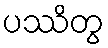
ပဿိတွ